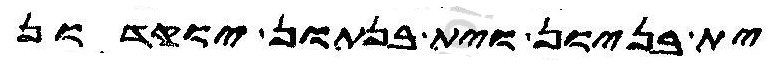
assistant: ית בניון וית בנתון יוקדון